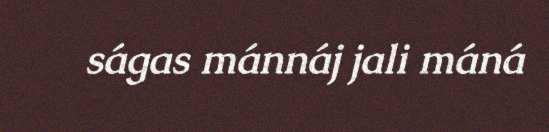
ságas mánnáj jali máná